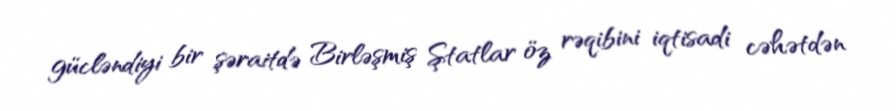
gücləndiyi bir şəraitdə Birləşmiş Ştatlar öz rəqibini iqtisadi cəhətdən